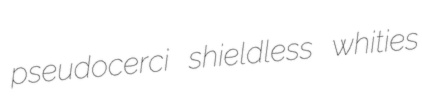
pseudocerci shieldless whities